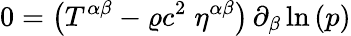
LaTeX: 0=\left(T^{\alpha\beta}-\varrho c^{2}\; \eta^{\alpha\beta}\right)\, \partial_{\beta}\ln{(p)}